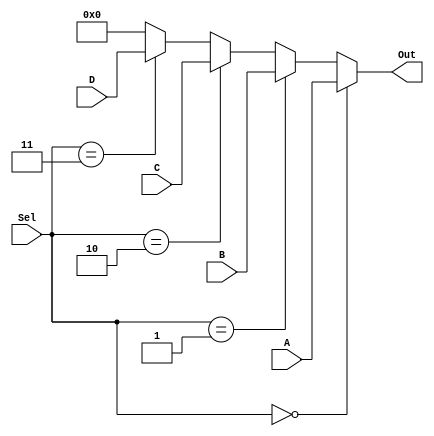
module MUX4(A, B, C, D, Sel, Out);
  parameter SIZE = 32;
  input [SIZE-1:0] A, B, C, D;
  input [1:0] Sel;
  output [SIZE-1:0] Out;
  assign Out = (Sel==2'b0) ? A : 
  ( 
  	(Sel==2'b01) ? B :  
  	( 
  		(Sel==2'b10) ? C :  
  		( 
  			(Sel==2'b11) ? D : 32'b0
  		)
  	) 
  )
  	;
endmodule